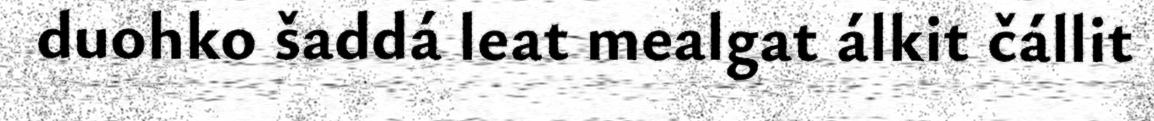
duohko šaddá leat mealgat álkit čállit